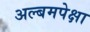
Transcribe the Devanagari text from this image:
अल्बमपेक्षा